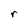
Character: r